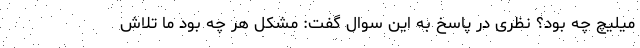
میلیچ چه بود؟ نظری در پاسخ به این سوال گفت: مشکل هر چه بود ما تلاش